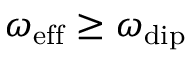
\omega _ { \mathrm { e f f } } \geq \omega _ { \mathrm { d i p } }